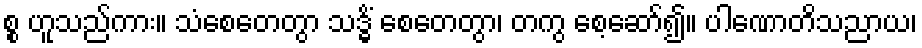
စ္စ ဟူသည်ကား။ သံစေတေတွာ သဒ္ဓိံ စေတေတွာ၊ တကွ စေ့ဆော်၍။ ပါဏောတိသညာယ၊